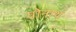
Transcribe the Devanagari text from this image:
योनाथ